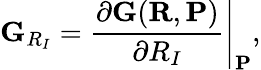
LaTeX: {\displaystyle{\mathbf G}_{R_{I}}=\left.\frac{\partial{\mathbf G}({\mathbf R},{\mathbf P})}{\partial R_{I}}\right\vert_{{\mathbf P}}},